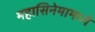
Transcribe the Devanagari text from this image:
महासिनेमामध्ये